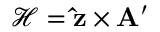
{ \mathcal { H } } = { \bf \hat { z } } \times { \bf A } ^ { \prime }